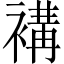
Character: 褠